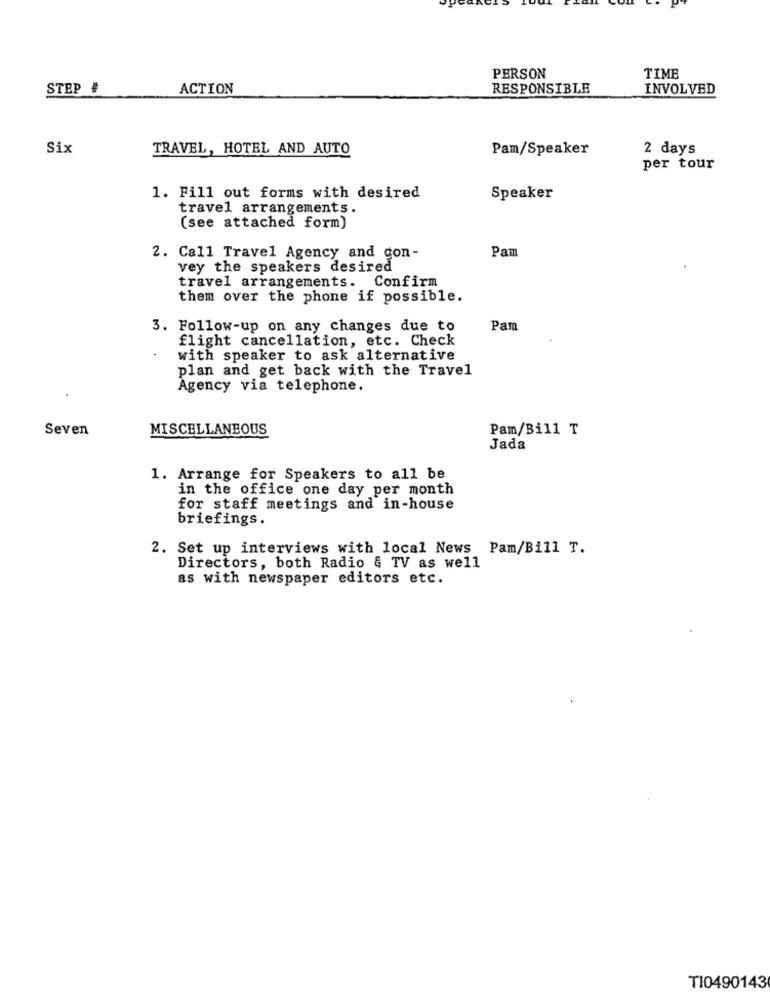
PERSON
TIME
STEP #
ACTION
RESPONSIBLE
INVOLVED
Six
TRAVEL, HOTEL AND AUTO
Pam/Speaker
2 days
per tour
1. Fill out forms with desired
Speaker
travel arrangements.
(see attached form)
Pam
2. Call Travel Agency and gon-
vey the speakers desired
travel arrangements. Confirm
them over the phone if possible.
3. Follow-up on any changes due to
Pam
flight cancellation, etc. Check
with speaker to ask alternative
plan and get back with the Travel
Agency via telephone.
Seven
MISCELLANEOUS
Pam/Bill T
Jada
1. Arrange for Speakers to all be
in the office one day per month
for staff meetings and in-house
briefings.
2. Set up interviews with local News Pam/Bill T.
Directors, both Radio & TV as well
as with newspaper editors etc.
T10490143